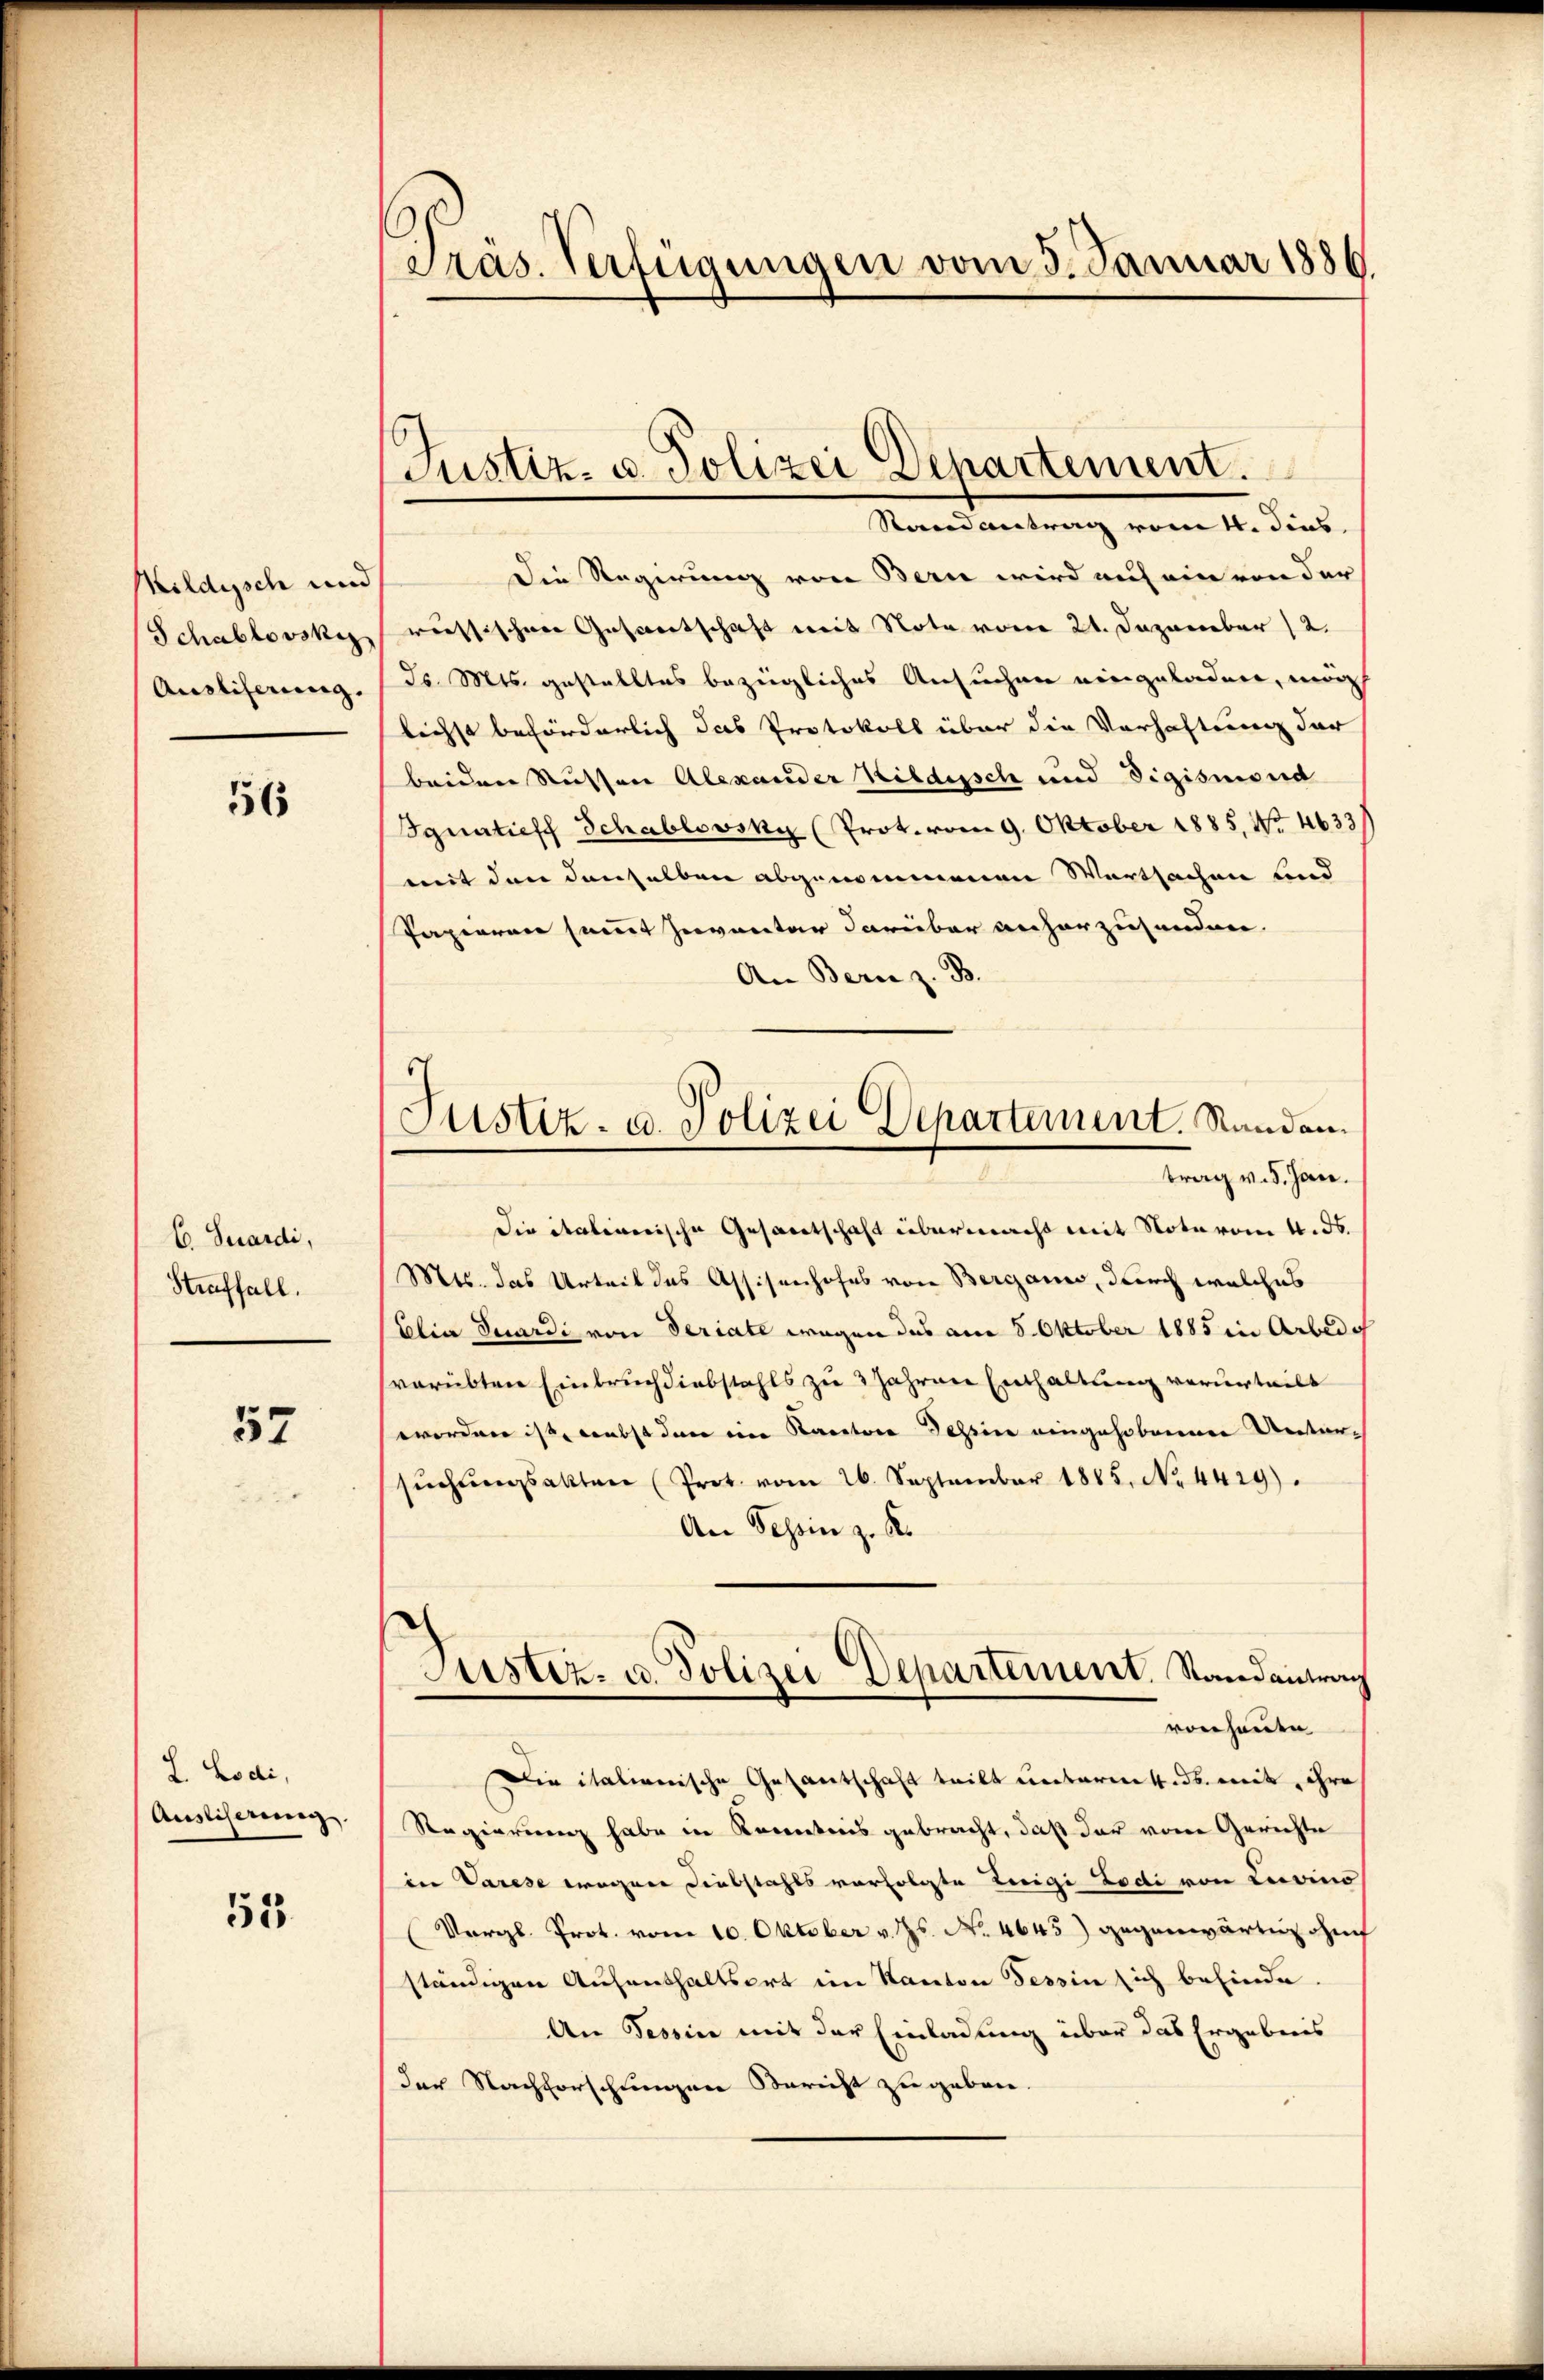
Kildysch und
Schablovsky
Auslieferung

56

E Suardi,
Straffall.

57

L. Lodi,
Ausliserung.

53

Präs. Verfügungen vom 5. Januar 1886.

Justiz- u. Polizei Departement.
Randantrag vom 4. dies

Die Regierung von Bern wird auf ein von der
russischen Gesandtschaft mit Note vom 21. Dezember (2.
Js. Mts. gestalltes bezügliches Ansuchen eingeladen, mög
lichst beförderlich das Protokoll über die Verhaftung der
beiden Russen Alexander Bildusch und Sigismond
Ignatieff Schablovsky (Prot. vom 9. Oktober 1885, No 4633
mit den denselben abgenommenen Wartsachen und
Papieren sammt Inventar darüber anherzusenden.
An Bern z. B.
Die Stationische Gesandtschaft übermacht mit Note vom 4. ds.
Mts. das Urteil des Assisenhofes von Bergani, durch welches
(Elia Suardi von Seriate wegen des am 5. Oktober 1885 in Arbedi
verübten Einbruch diebstahls zu 3 Jahren Enthaltung verurteilt
worden ist, nebst den eine Kantone Tessin eingehobenen Unter-
sŭchŭngsakten (Prot. vom 26. September 1885. No. 4429).
An Pepinz. R.
Tuster- u. Polizei Departement. Standentrag
von heute
Die italienische Gesantschaft teilt unterm 4. ds. mit, ihre
Regierung habe in Kenntnis gebracht, daß der von Gerichte
in Varese wegen Diebstahls vorfolgte Luigi Zodi von Livino
(Vergl. Prot. vom 10. Oktober v. Js. No. 4645) gegenwärtig auf
ständigen Aufenthaltsort im Kanton Tessin sich befinde
An Tessin mit der Einladung über das Ergebnis
der Nachforschungen Bericht zugeben.

Justiz- u. Polizei Departement. Standen.
trag v. 5. Jan.